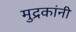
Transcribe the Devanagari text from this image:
मुद्रकांनी